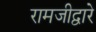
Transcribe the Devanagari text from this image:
रामजीद्वारे